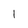
Character: 1